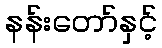
နန်းတော်နှင့်